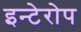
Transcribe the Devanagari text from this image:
इन्टेरोप